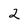
Character: 2